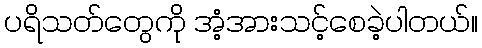
ပရိသတ်တွေကို အံ့အားသင့်စေခဲ့ပါတယ်။